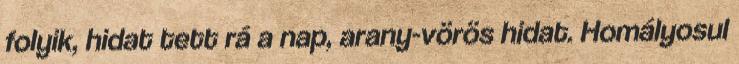
folyik, hidat tett rá a nap, arany-vörös hidat. Homályosul